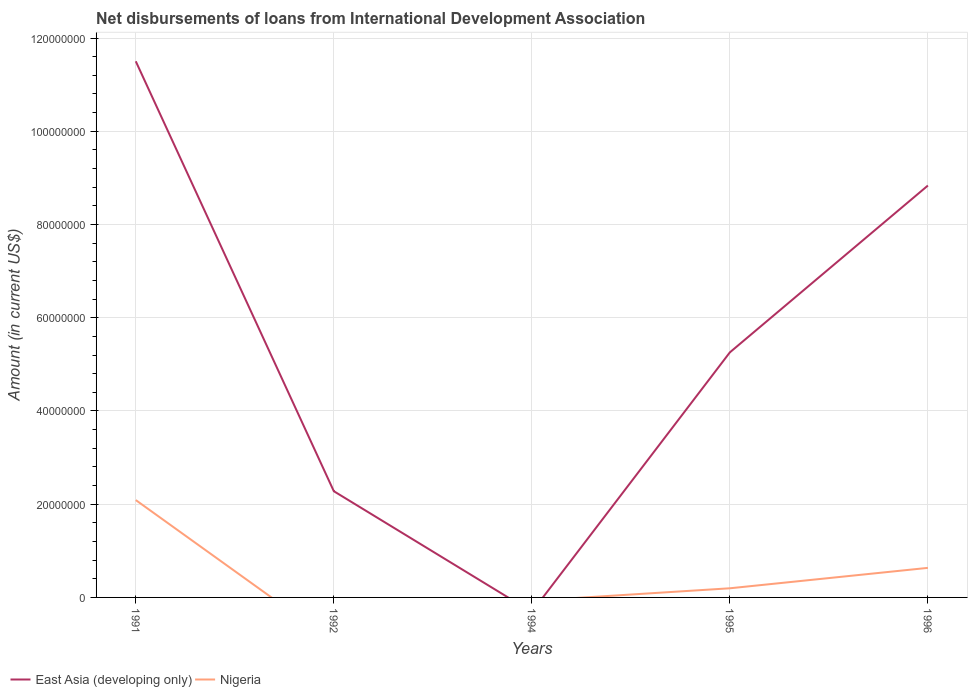
| Years | East Asia (developing only) | Nigeria |
 | --- | --- | --- |
 | 1991 | 1.15e+08 | 2.09e+07 |
 | 1992 | 2.28e+07 | -9.6e+06 |
 | 1994 | -3.11e+06 | -7.2e+05 |
 | 1995 | 5.26e+07 | 1.96e+06 |
 | 1996 | 8.84e+07 | 6.34e+06 |